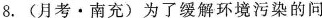
8.(月考·南充)为了缓解环境污染的问